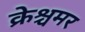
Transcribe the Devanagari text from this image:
क्रेश्चमर